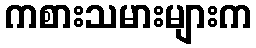
ကစားသမားများက